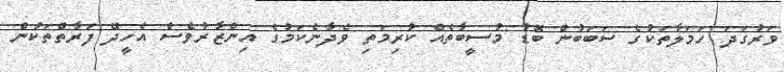
ވަރުގަދަ ހަމަލާތަކުގެ ސަބަބުން ބޮޑު މުސީބާތެއް ކުރިމަތި ވެދާނެކަމުގެ އިންޒާރުވެސް އެހީދޭ ފަރާތްތަކުން